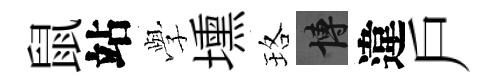
鼠站𫝯壎珞博違戶